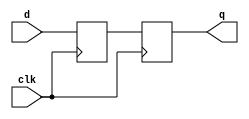
module nonblock (    q,  d,  clk )   ;
  
  output          q               ;
  input           d               ;
  input           clk             ;
  

  reg             q               ;
  reg             n1              ;
  
  always @( posedge clk ) begin
    n1   <= d         ;
    q    <= n1        ;
  end
endmodule
  
  
module block ( q, d, clk );
    
  output          q               ;
  input           d               ;
  input           clk             ;
  
  wire            clk             ;
  wire            d               ;
  reg             q               ;
  reg             n1              ;
  
  always  @ ( posedge clk)  begin
    n1  = d          ;
    q   = n1         ;
  end
endmodule